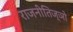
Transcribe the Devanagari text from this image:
राजनीतिज्ञो